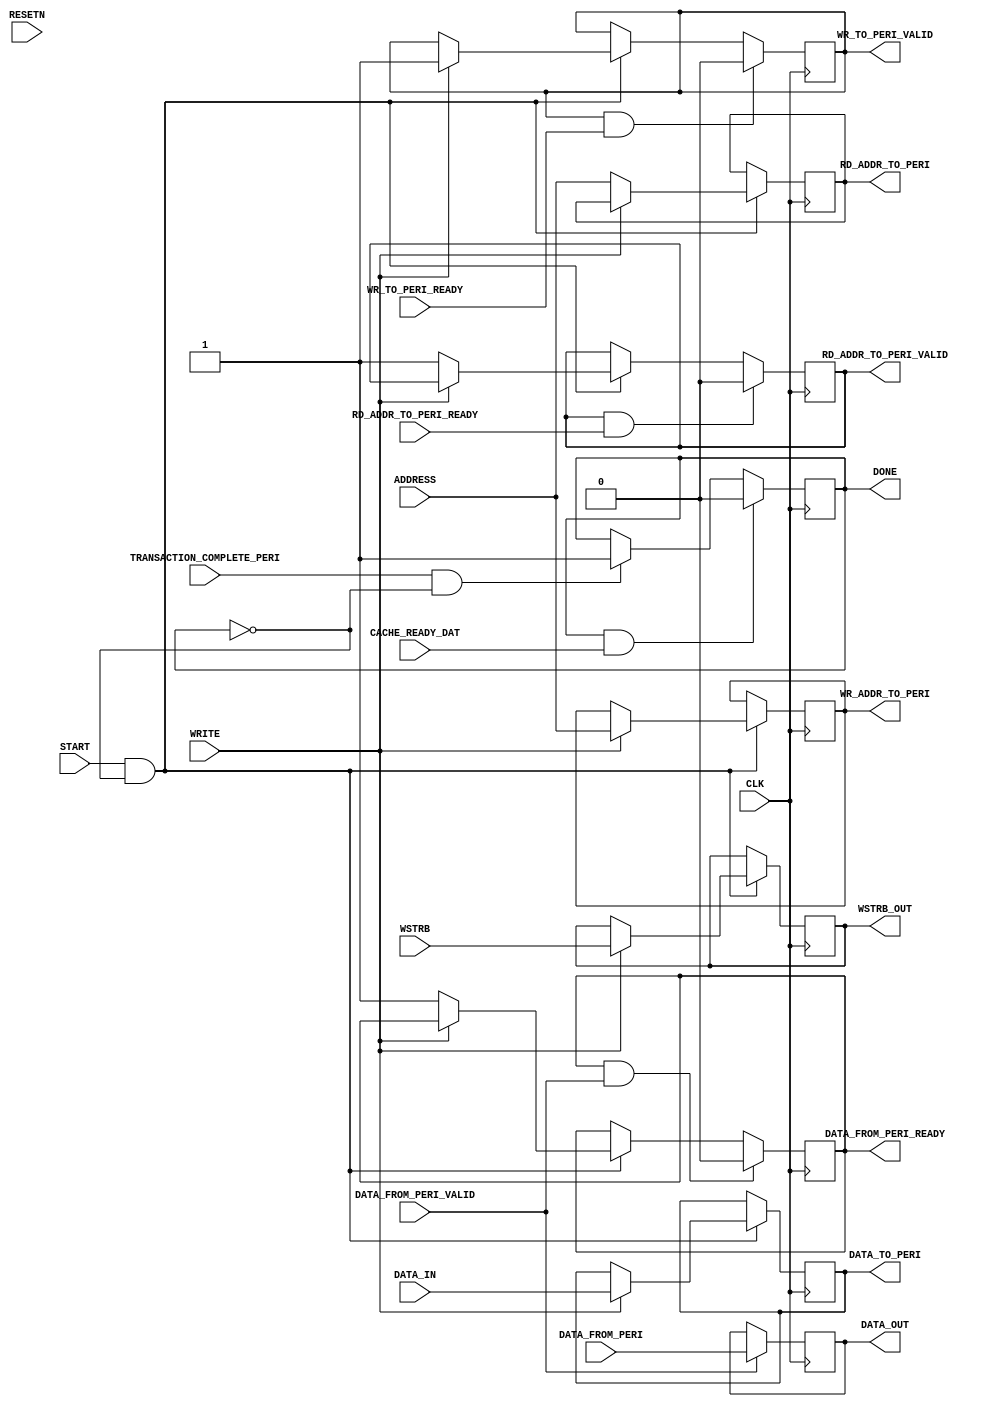
`timescale 1ns / 1ps
//////////////////////////////////////////////////////////////////////////////////
// Company: 
// Engineer: 
// 
// Design Name: 
// Module Name: Peripheral
// Project Name: 
// Target Devices: 
// Tool Versions: 
// Description: 
// 
// Dependencies: 
// 
// Revision:
// Revision 0.01 - File Created
// Additional Comments:
// 
//////////////////////////////////////////////////////////////////////////////////


module Peripheral(
    
    input                           CLK,
    input                           RESETN,
    input                           START,
    input           [31:0]          ADDRESS,
    input                           WRITE,
    input           [31:0]          DATA_IN,
    output reg      [31:0]          DATA_OUT,
    output reg                      DONE,
    input           [3 :0]          WSTRB,
    output reg      [31:0]          RD_ADDR_TO_PERI,
    output reg                      RD_ADDR_TO_PERI_VALID,
    input                           RD_ADDR_TO_PERI_READY,
    output reg      [31:0]          WR_ADDR_TO_PERI,
    output reg                      WR_TO_PERI_VALID,
    input                           WR_TO_PERI_READY,
    output reg      [31:0]          DATA_TO_PERI,
    input           [31:0]          DATA_FROM_PERI,
    output reg                      DATA_FROM_PERI_READY,
    input                           DATA_FROM_PERI_VALID,
    input                           TRANSACTION_COMPLETE_PERI,
    input                           CACHE_READY_DAT,
    output reg      [3 :0]          WSTRB_OUT
    );
    
    wire ready_wa;
    wire ready_ra;
    wire    [31:0]  din;
    //reg  valid_rd;
    wire valid_rd;
    
    assign ready_wa = WR_TO_PERI_READY;
    assign ready_ra = RD_ADDR_TO_PERI_READY;
    assign din = DATA_FROM_PERI;
    assign valid_rd = DATA_FROM_PERI_VALID;
    
    
    initial
    begin
        DONE = 0;
        //DATA_OUT = 'b0;
        RD_ADDR_TO_PERI = 'b0;
        RD_ADDR_TO_PERI_VALID = 'b0;
        WR_ADDR_TO_PERI = 'b0;
        WR_TO_PERI_VALID = 'b0;
        DATA_TO_PERI = 'b0;
        DATA_FROM_PERI_READY = 'b0;
    end
    
    always@(posedge CLK)
    begin
        if(START & !DONE)
            begin
            if (WRITE)
            begin
                WR_ADDR_TO_PERI <= ADDRESS;
                DATA_TO_PERI <= DATA_IN;
                WR_TO_PERI_VALID <= 1;
                WSTRB_OUT <= WSTRB;
            end
            else
            begin
                RD_ADDR_TO_PERI <= ADDRESS;
                RD_ADDR_TO_PERI_VALID <= 1;
                DATA_FROM_PERI_READY <= 1;
            end
        end
        if (valid_rd)
            DATA_OUT <= DATA_FROM_PERI;
        if(TRANSACTION_COMPLETE_PERI & !DONE)
            DONE <=1;
        if (DONE & CACHE_READY_DAT)
            DONE <=0;
        if (WR_TO_PERI_VALID && ready_wa)
            WR_TO_PERI_VALID <= 0;
        if (RD_ADDR_TO_PERI_VALID && ready_ra)
            RD_ADDR_TO_PERI_VALID <= 0;
        if (DATA_FROM_PERI_READY && valid_rd)
            DATA_FROM_PERI_READY <= 0;
            
    //valid_rd <= DATA_FROM_PERI_VALID;
        
    end
    
endmodule